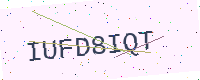
Text: IUFD8IQT